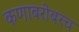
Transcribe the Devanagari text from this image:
कणाबरोबरच